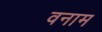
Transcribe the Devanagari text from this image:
वनाम